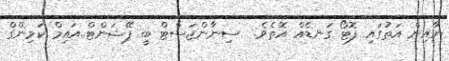
ނާއިން އަތުގައި ފޮޓޯ ގަނޑެއް އޮތެވެ.  ސިނާންޖަސްޓް ބީ ޕޭޝަންޓް..އައިމް ކަމިންގް